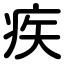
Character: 疾